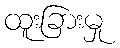
ထူးခြားမှု